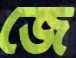
জে